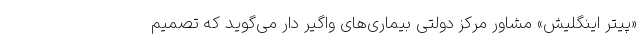
«پیتر اینگلیش» مشاور مرکز دولتی بیماری‌های واگیر دار می‌گوید که تصمیم